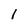
Character: 1